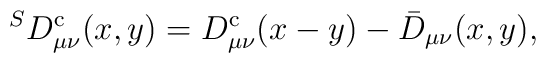
^SD^{\rm c}_{\mu\nu}(x,y) =  D^{\rm c}_{\mu\nu}(x-y) - \bar{D}_{\mu\nu}(x,y),